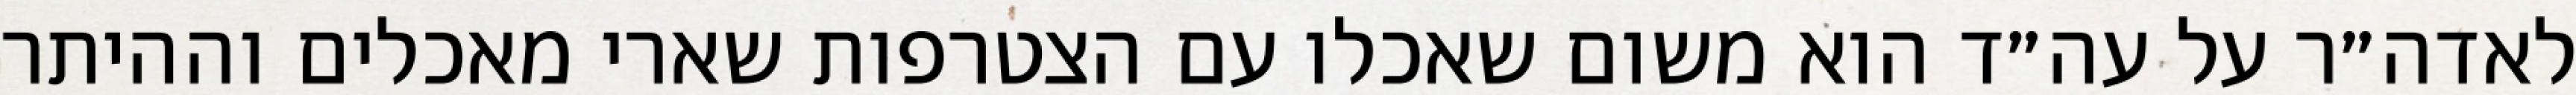
לאדה״ר על עה״ד הוא משום שאכלו עם הצטרפות שארי מאכלים וההיתר